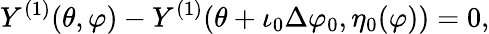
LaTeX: Y^{(1)}(\theta,\varphi)-Y^{(1)}(\theta+\iota_{0}\Delta\varphi_{0},\eta_{0}(\varphi))=0,